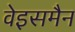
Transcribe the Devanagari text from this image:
वेइसमैन